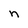
Character: n